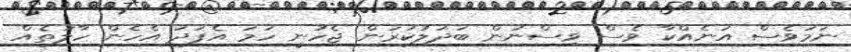
ނަމަވެސް އަނެއްކާ ވެސް ވިސްނުން ބަދަލުކުރަން ޖެހުނީ ހަމަ އެފަދަ އެހެން ހާލަތެއް